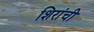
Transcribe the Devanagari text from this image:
शिरांची